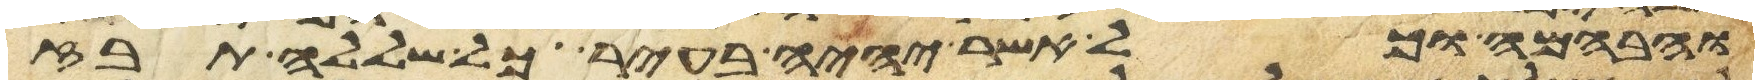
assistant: והבהמה וכל אשר יהיה בעיר כל שללה תבז